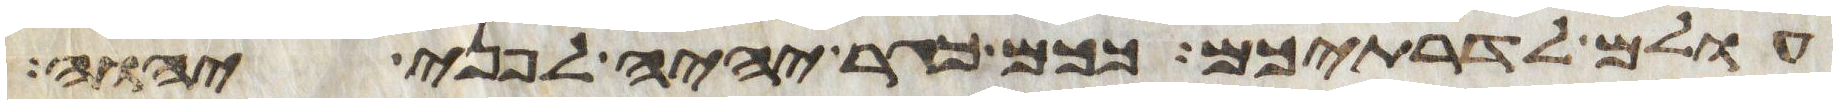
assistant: עולם לדרתיכם ככם כגר יהיה לפני יהוה